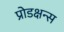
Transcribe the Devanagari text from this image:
प्रोडक्षन्स